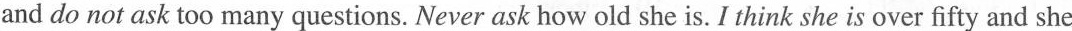
and do not ask too many questions. Never ask how old she is. I think she is over fifty and she